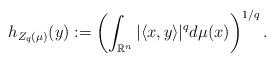
LaTeX: \begin{align*}h_{Z_q(\mu )}(y):= \left(\int_{{\mathbb R}^n} |\langle x,y\rangle|^{q}d\mu (x) \right)^{1/q}.\end{align*}